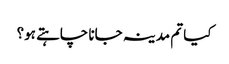
کیا تم مدینہ جانا چاہتے ہو؟